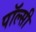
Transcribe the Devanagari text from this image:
पॉल्सी